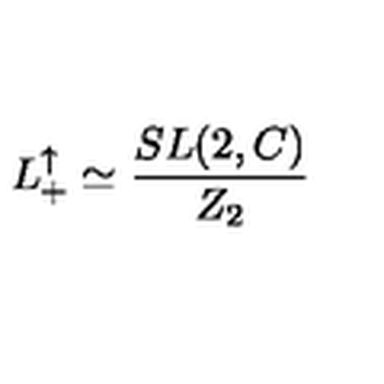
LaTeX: L _ { + } ^ { \uparrow } \simeq \frac { S L ( 2 , C ) } { Z _ { 2 } }